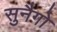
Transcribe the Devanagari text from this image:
सुनैगो